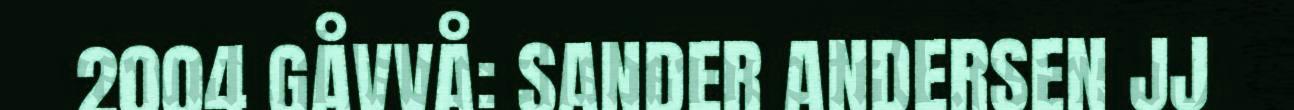
2004 GÅVVÅ: SANDER ANDERSEN JJ